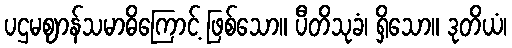
ပဌမဈာန်သမာဓိကြောင့် ဖြစ်သော။ ပီတိသုခံ၊ ရှိသော။ ဒုတိယံ၊